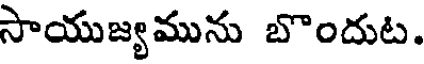
సాయుజ్యమును బొందుట.